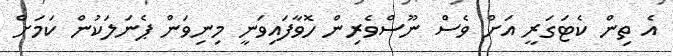
އެ ތިން ކެޓަގަރީ އަށް ވެސް ނޫސްވެރިން ހޮވާފައިވަނީ މިނިވަން ޕެނަލަކުން ކަމަށް